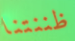
ظننتنا